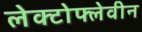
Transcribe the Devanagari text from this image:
लेक्टोफ्लेवीन